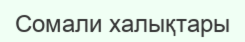
Сомали халықтары